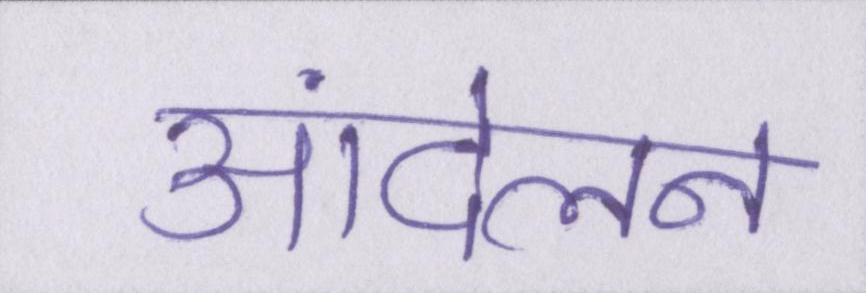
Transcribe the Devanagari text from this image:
आंदेलन